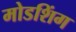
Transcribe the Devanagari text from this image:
मोडशिंग